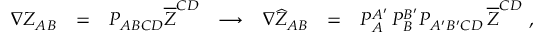
\begin{array} { c c c c c c c } { { \nabla Z _ { A B } } } & { { = } } & { { P _ { A B C D } \overline { { { Z } } } ^ { C D } } } & { { \longrightarrow } } & { { \nabla \widehat { Z } _ { A B } } } & { { = } } & { { { \cal P } _ { A } ^ { A ^ { \prime } } \, { \cal P } _ { B } ^ { B ^ { \prime } } P _ { A ^ { \prime } B ^ { \prime } C D } \, \overline { { { Z } } } ^ { C D } \ , } } \end{array}